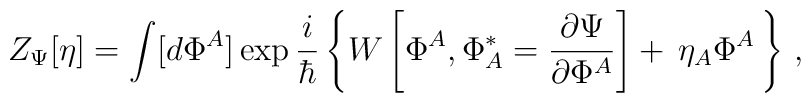
Z_\Psi[\eta]=\int [d\Phi^A] \exp\frac{i}{\hbar}\left\{W\left[\Phi^A,\Phi^*_A=\frac{\partial\Psi}{\partial\Phi^A}\right]+\,\eta_A\Phi^A\,\right\}\,,